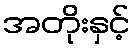
အတိုးနှင့်